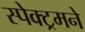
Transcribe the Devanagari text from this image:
स्पेक्ट्रमने